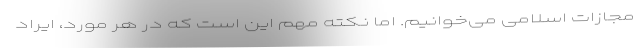
مجازات اسلامی می‌خوانیم. اما نکته مهم این است که در هر مورد، ایراد